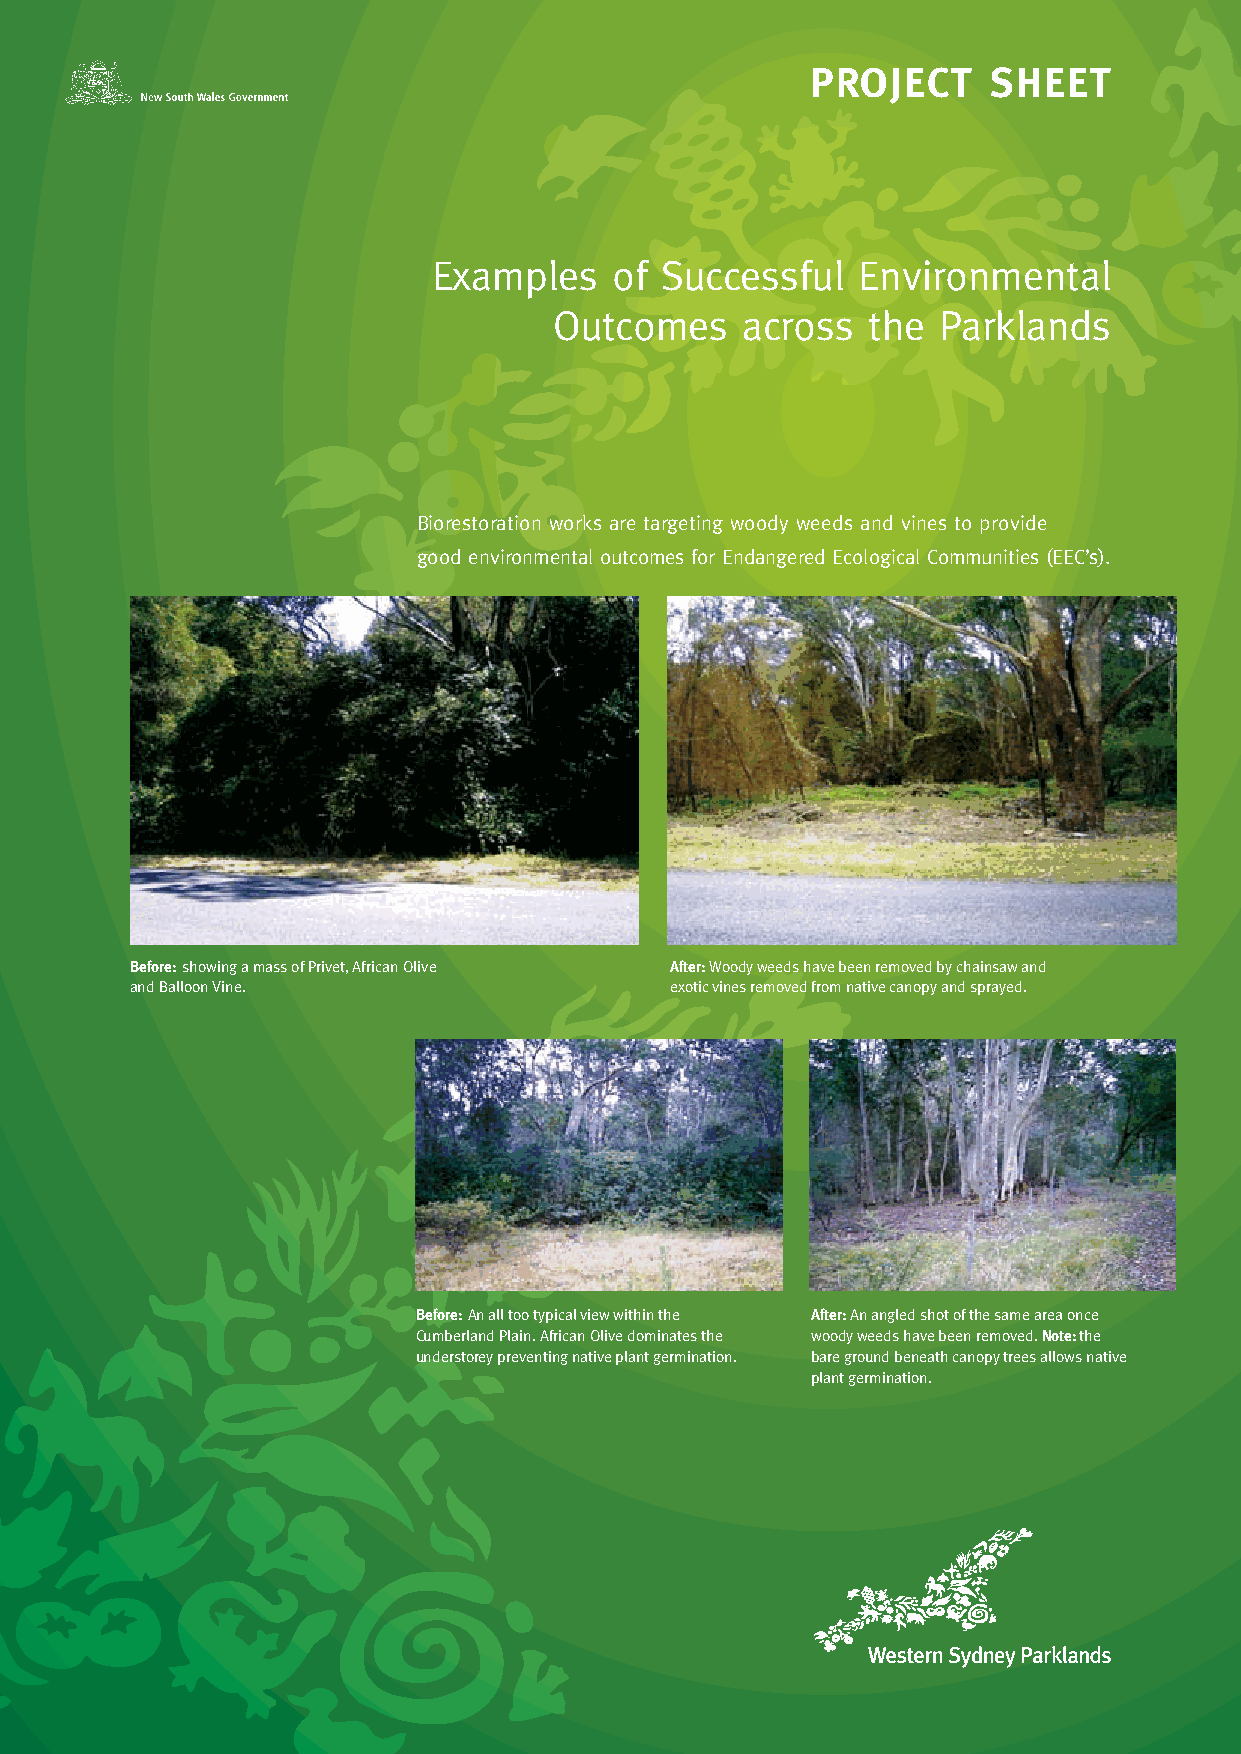
ProjEcT     ShEET
 Examples    of Successful   Environmental
 Outcomes    across  the  Parklands
 Biorestoration works are targeting woody weeds and vines to provide
 good environmental outcomes for Endangered Ecological Communities (EEC’s).
 Before: showing a mass of Privet, African Olive After: Woody weeds have been removed by chainsaw and
 and Balloon Vine.                  exotic vines removed from native canopy and sprayed.
 Before: An all too typical view within the After: An angled shot of the same area once
 Cumberland Plain. African Olive dominates the woody weeds have been removed. Note: the
 understorey preventing native plant germination. bare ground beneath canopy trees allows native
 plant germination.